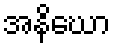
အနိဃော